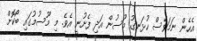
އެހެން ނަމަވެސް ހުޅަނގު މޫސުން އަދި ފެށުނީ އެވެ. މި މޫސުމުގައި ބޯކޮށް